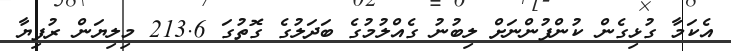
އެކަމާ ގުޅިގެން ކުންފުންނަށް ލިބުނު ގެއްލުމުގެ ބަދަލުގެ ގޮތުގަ 213.6 މިލިޔަން ރުފިޔާ